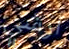
ارشي